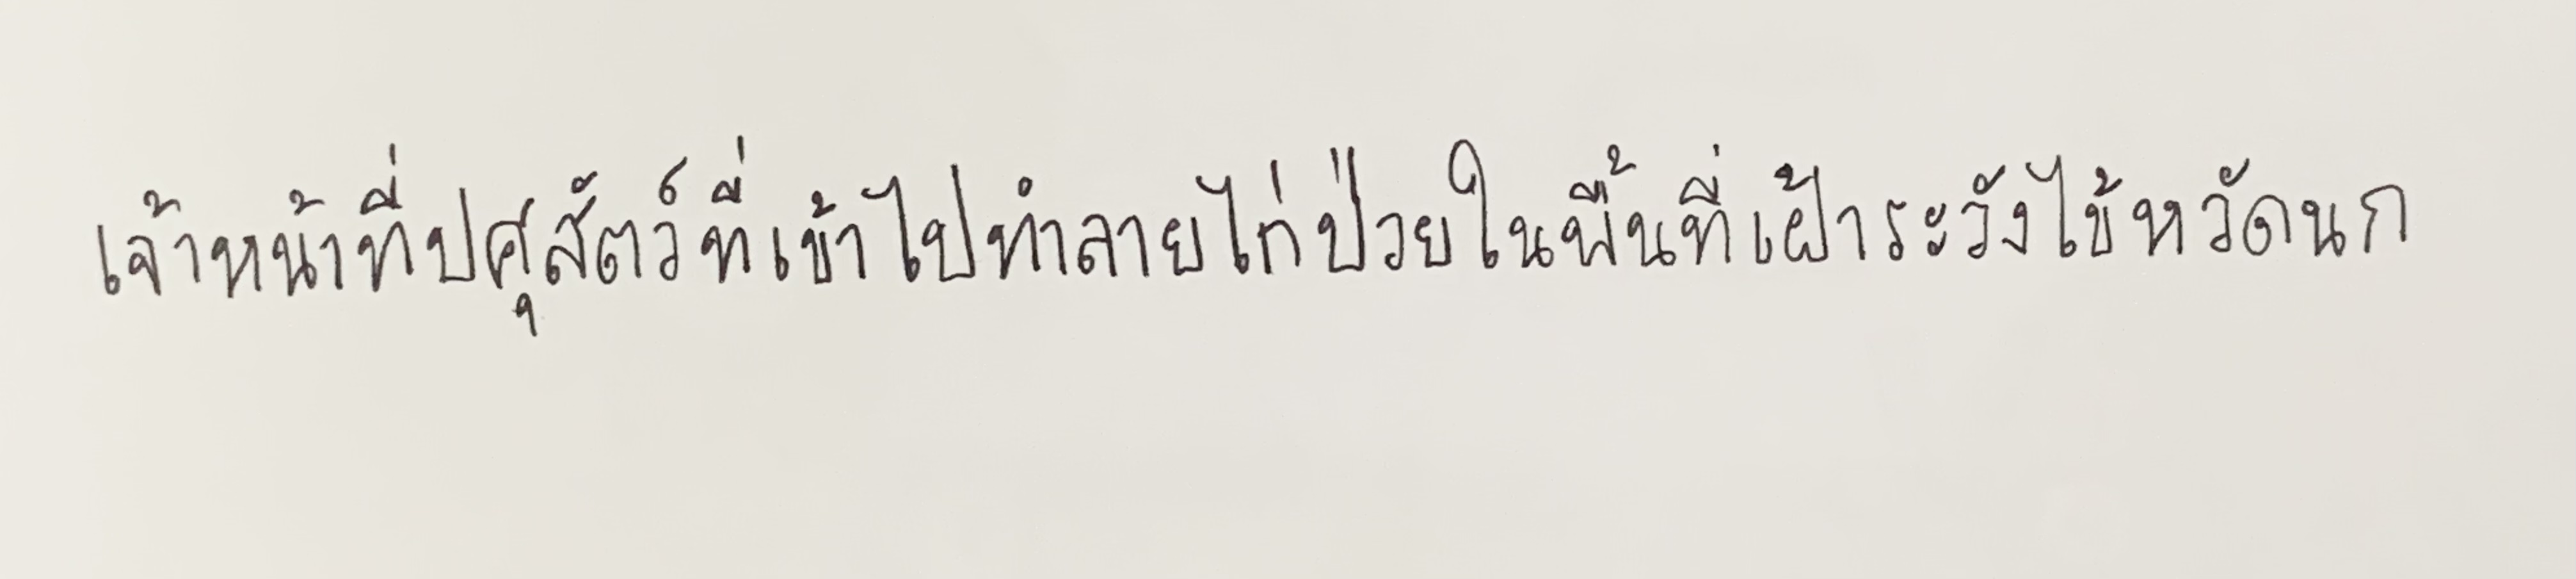
เจ้าหน้าที่ปศุสัตว์ที่เข้าไปทำลายไก่ป่วยในพื้นที่เฝ้าระวังไข้หวัดนก